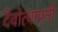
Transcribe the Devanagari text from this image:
देवोत्थापनी